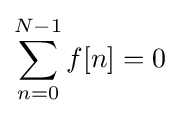
\sum _{n=0}^{N-1}f[n]=0